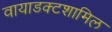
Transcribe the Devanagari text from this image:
वायाडक्टशामिल